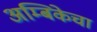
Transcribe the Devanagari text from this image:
अम्बिकेचा